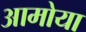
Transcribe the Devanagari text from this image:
आमोया